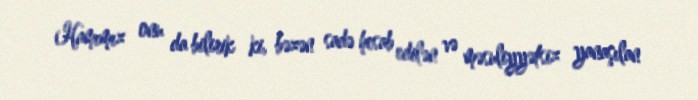
Hamımız onu da bilirik ki, bəzən sadə hesab edilən və məsuliyyətsiz yanaşılan